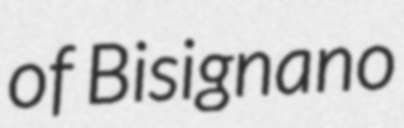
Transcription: of Bisignano